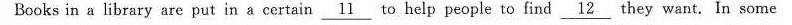
Books in a library are put in a certainl \underline{11} to help people to find \underline{12} they want. In some